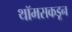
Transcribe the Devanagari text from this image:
थॉमसकडून